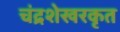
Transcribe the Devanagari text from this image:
चंद्रशेखरकृत